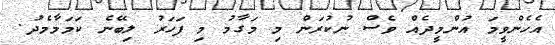
އެހެންވީމަ އުންމީދެއް ވެސް ނުކުރަން މި މަގާމު މި ފަހަރު ލިބޭނެ ކަމަމާމެދު.